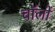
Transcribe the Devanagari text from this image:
चॉलों